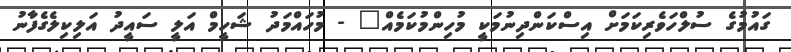
ގައުމުގެ ސުލްހަވެރިކަމަށް އިސްކަންދިނުމަކީ މުހިންމުކަމެއް" - މުހައްމަދު ޝަހީމް އަލީ ސައީދު އަލިކިލެގެފާނު